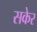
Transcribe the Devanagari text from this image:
सकेर